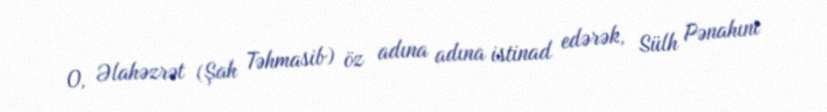
O, Əlahəzrət (Şah Təhmasib) öz adına adına istinad edərək, Sülh Pənahını